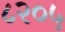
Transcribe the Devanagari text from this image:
८२०५